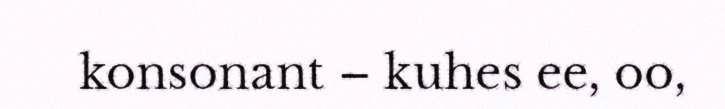
konsonant – kuhes ee, oo,